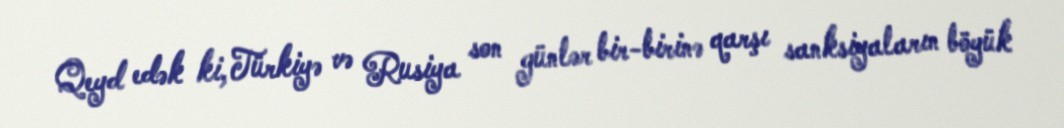
Qeyd edək ki, Türkiyə və Rusiya son günlər bir-birinə qarşı sanksiyaların böyük